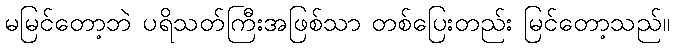
မမြင်တော့ဘဲ ပရိသတ်ကြီးအဖြစ်သာ တစ်ပြေးတည်း မြင်တော့သည်။